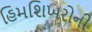
હિમશિખરોની